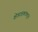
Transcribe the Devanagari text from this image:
क्षेत्ररक्षकांकडून